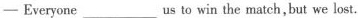
-—Everyone ___us to win the match, but we lost.